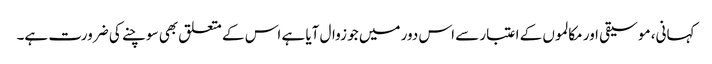
کہانی، موسیقی اور مکالموں کے اعتبار سے اس دور میں جو زوال آیا ہے اس کے متعلق بھی سوچنے کی ضرورت ہے۔